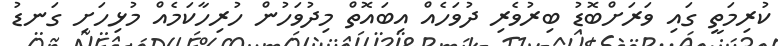
ކުރިމަތީ ގައި ވަރަށްބޮޑު ބިރުވެރި ދުވަހެއް އިބައޮތް މިދުވަހުން ހުރިހާކަމެއް މުޅިހަށި ގަނޑު